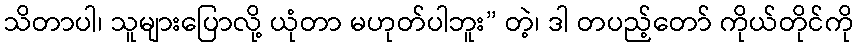
သိတာပါ၊ သူများပြောလို့ ယုံတာ မဟုတ်ပါဘူး” တဲ့၊ ဒါ တပည့်တော် ကိုယ်တိုင်ကို